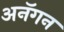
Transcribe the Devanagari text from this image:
अनॅगन